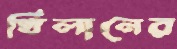
খিলানের